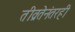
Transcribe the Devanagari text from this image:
तीव्रतेनंतरही